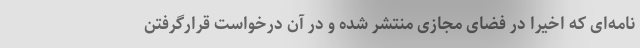
نامه‌ای که اخیرا در فضای مجازی منتشر شده و در آن درخواست قرارگرفتن